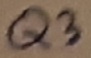
Text: Q3